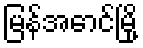
မြန်အောင်မြို့